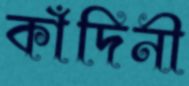
কাঁদিনী